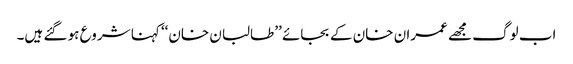
اب لوگ مجھے عمران خان کے بجائے ’’طالبان خان‘‘ کہنا شروع ہو گئے ہیں۔